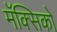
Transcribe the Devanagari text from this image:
मॅक्सिको